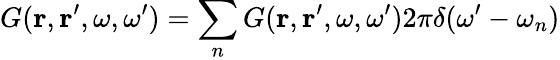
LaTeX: G({\mathbf r},{\mathbf r}^{\prime},\omega,\omega^{\prime})=\sum_{n}G({\mathbf r},{\mathbf r}^{\prime},\omega,\omega^{\prime})2\pi\delta(\omega^{\prime}-\omega_{n})